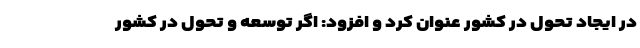
در ایجاد تحول در کشور عنوان کرد و افزود: اگر توسعه و تحول در کشور